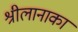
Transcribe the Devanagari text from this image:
श्रीलानाका